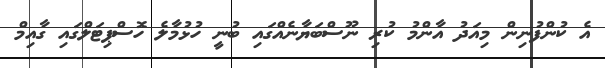
އެ ކުންފުނިން މިއަދު އާންމު ކުރި ނޫސްބަޔާނެއްގައި ބުނީ ހުޅުމާލެ ހޮސްޕިޓަލްގައި ގާއިމް